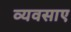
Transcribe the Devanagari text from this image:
व्यवसाए